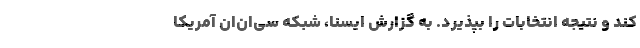
کند و نتیجه انتخابات را بپذیرد. به گزارش ایسنا، شبکه سی‌ان‌ان آمریکا